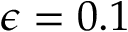
\epsilon = 0 . 1